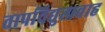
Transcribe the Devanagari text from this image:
तापविद्युत्प्रवाह